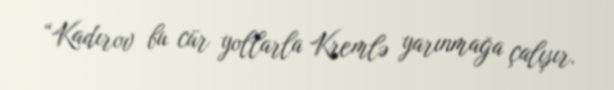
“Kadırov bu cür yollarla Kremlə yarınmağa çalışır.